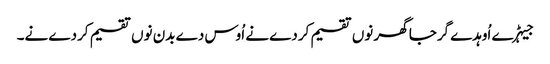
جیہڑے اُوہدے گرجا گھر نوں تقسیم کردے نے اُوس دے بدن نوں تقسیم کردے نے۔